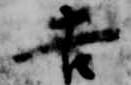
吉